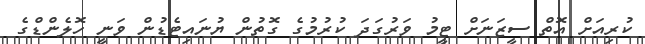
ކުރިއަށް އޮތް ސީޒަނަށް ޓީމު ވަރުގަދަ ކުރުމުގެ ގޮތުން ޔުނައިޓެޑުން ވަނީ ހޮލެންޑްގެ